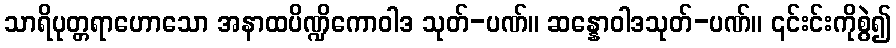
သာရိပုတ္တရာဟောသော အနာထပိဏ္ဍိကောဝါဒ သုတ်-ပဏ်။ ဆန္နောဝါဒသုတ်-ပဏ်။ ၎င်းင်းကိုစွဲ၍